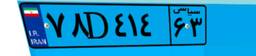
۵۹D۹۰۱۶۳